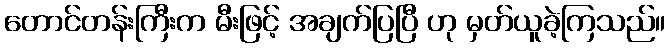
တောင်တန်းကြီးက မီးဖြင့် အချက်ပြပြီ ဟု မှတ်ယူခဲ့ကြသည်။